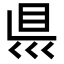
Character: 𥄉